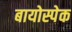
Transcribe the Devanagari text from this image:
बायोस्पेक